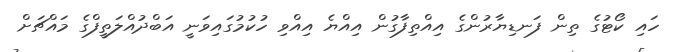
ހައި ކޯޓުގެ ތިން ފަނޑިޔާރުންގެ އިއްތިފާގުން އިއްޔެ އިއްވި ހުކުމުގައިވަނީ އަބްދުއްލަތީފްގެ މައްޗަށް